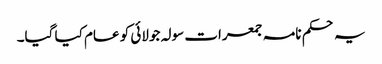
یہ حکم نامہ جمعرات سولہ جولائی کو عام کیا گیا۔